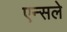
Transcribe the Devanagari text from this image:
एन्सले